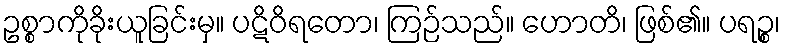
ဥစ္စာကိုခိုးယူခြင်းမှ။ ပဋိဝိရတော၊ ကြဉ်သည်။ ဟောတိ၊ ဖြစ်၏။ ပရဉ္စ၊